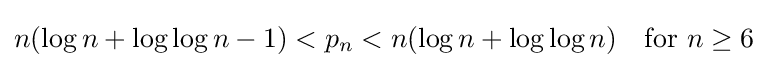
n(\log n+\log \log n-1)<p_{n}<n(\log n+\log \log n)\quad {\text{for }}n\geq 6